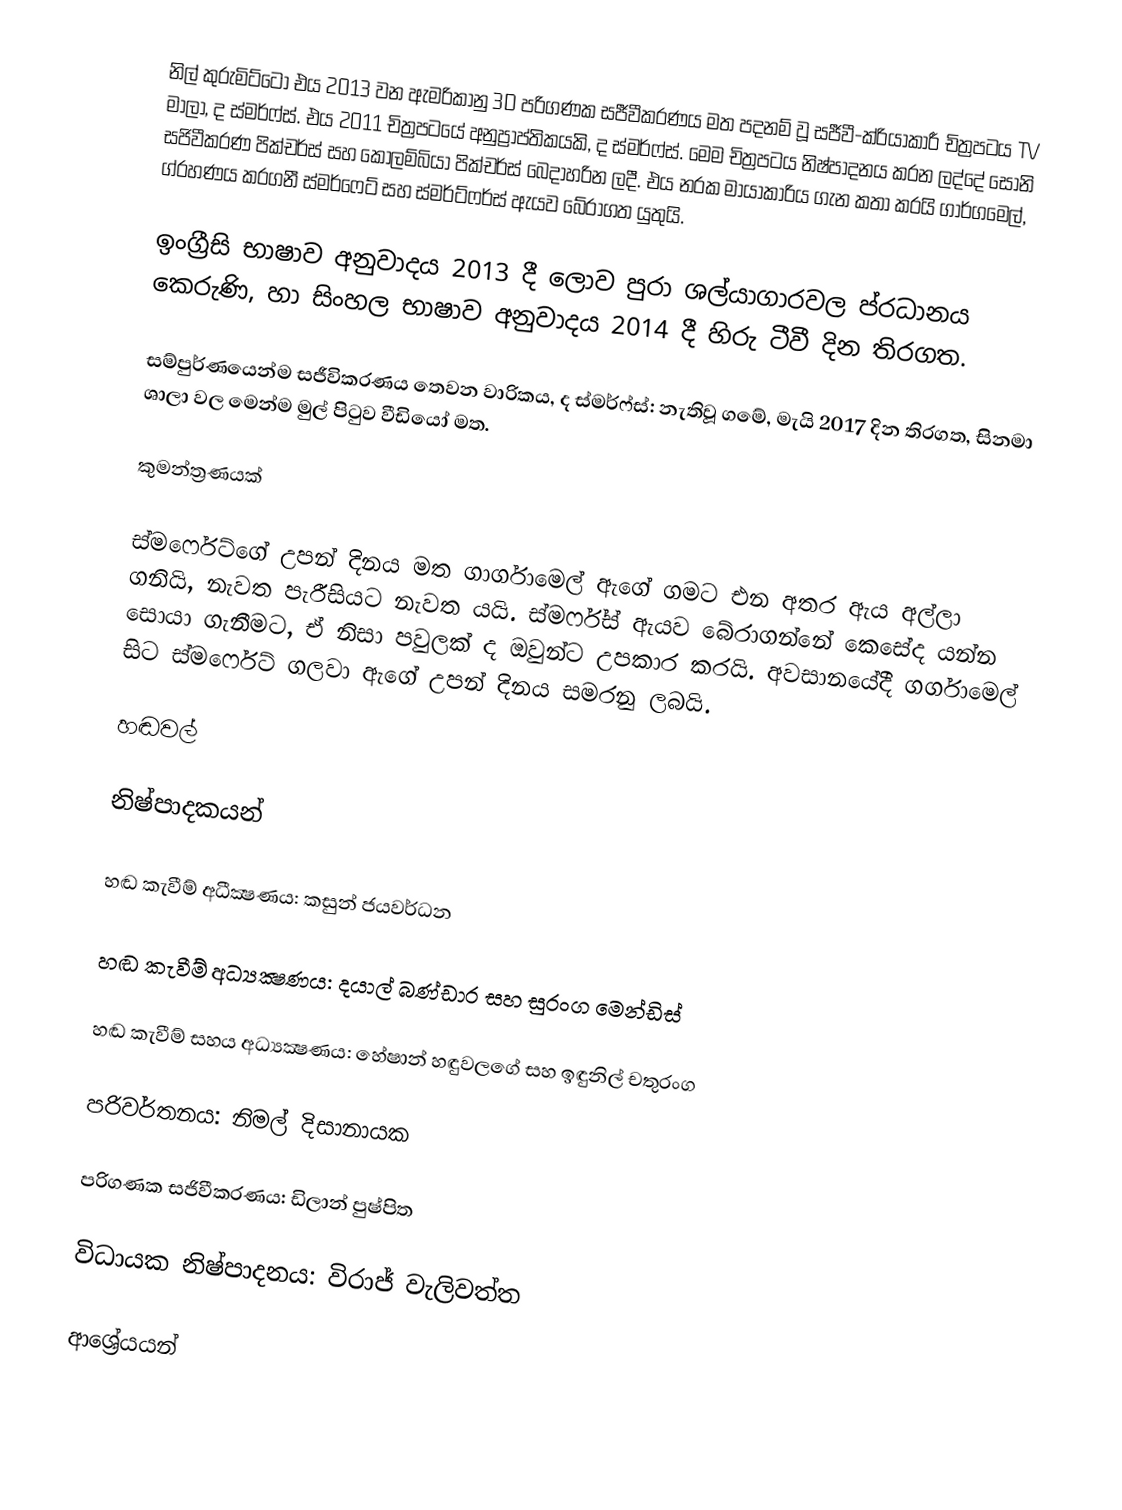
නිල් කුරුමිට්ටෝ එය 2013 වන ඇමරිකානු 3D පරිගණක සජීවීකරණය මත පදනම් වූ සජීවී-ක්රියාකාරී චිත්‍රපටය TV මාලා, ද ස්මර්ෆ්ස්. එය 2011 චිත්‍රපටයේ අනුප්‍රාප්තිකයකි, ද ස්මර්ෆ්ස්. මෙම චිත්‍රපටය නිෂ්පාදනය කරන ලද්දේ සෝනි සජිවීකරණ පික්චර්ස් සහ කොලම්බියා පික්චර්ස් බෙදාහරින ලදී. එය නරක මායාකාරිය ගැන කතා කරයි ගාර්ගමෙල්, ග්රහණය කරගනී ස්මර්ෆෙට් සහ ස්මර්ට්ෆර්ස් ඇයව බේරාගත යුතුයි.

ඉංග්‍රීසි භාෂාව අනුවාදය 2013 දී ලොව පුරා ශල්යාගාරවල ප්රධානය කෙරුණි, හා සිංහල භාෂාව අනුවාදය 2014 දී හිරු ටීවී දින තිරගත.

සම්පුර්ණයෙන්ම සජීවිකරණය තෙවන වාරිකය, ද ස්මර්ෆ්ස්: නැතිවූ ගමේ, මැයි 2017 දින තිරගත, සිනමා ශාලා වල මෙන්ම මුල් පිටුව වීඩියෝ මත.

කුමන්ත්‍රණයක්

ස්මර්ෆෙට්ගේ උපන් දිනය මත ගාර්ගාමෙල් ඇගේ ගමට එන අතර ඇය අල්ලා ගනියි, නැවත පැරීසියට නැවත යයි. ස්මර්ෆ්ස් ඇයව බේරාගන්නේ කෙසේද යන්න සොයා ගැනීමට, ඒ නිසා පවුලක් ද ඔවුන්ට උපකාර කරයි. අවසානයේදී ගර්ගාමෙල් සිට ස්මර්ෆෙට් ගලවා ඇගේ උපන් දිනය සමරනු ලබයි.

හඬවල්

නිෂ්පාදකයන්

හඬ කැවීම් අධීක්‍ෂණය: කසුන් ජයවර්ධන

හඬ කැවීම් අධ්‍යක්‍ෂණය: දයාල් බණ්ඩාර සහ සුරංග මෙන්ඩිස්

හඬ කැවීම් සහය අධ්‍යක්‍ෂණය: හේෂාන් හඳුවලගේ සහ ඉඳුනිල් චතුරංග

පරිවර්තනය: නිමල් දිසානායක

පරිගණක සජිවීකරණය: ඩිලාන් පුෂ්පිත

විධායක නිෂ්පාදනය: විරාජ් වැලිවත්ත

ආශ්‍රේයයන්